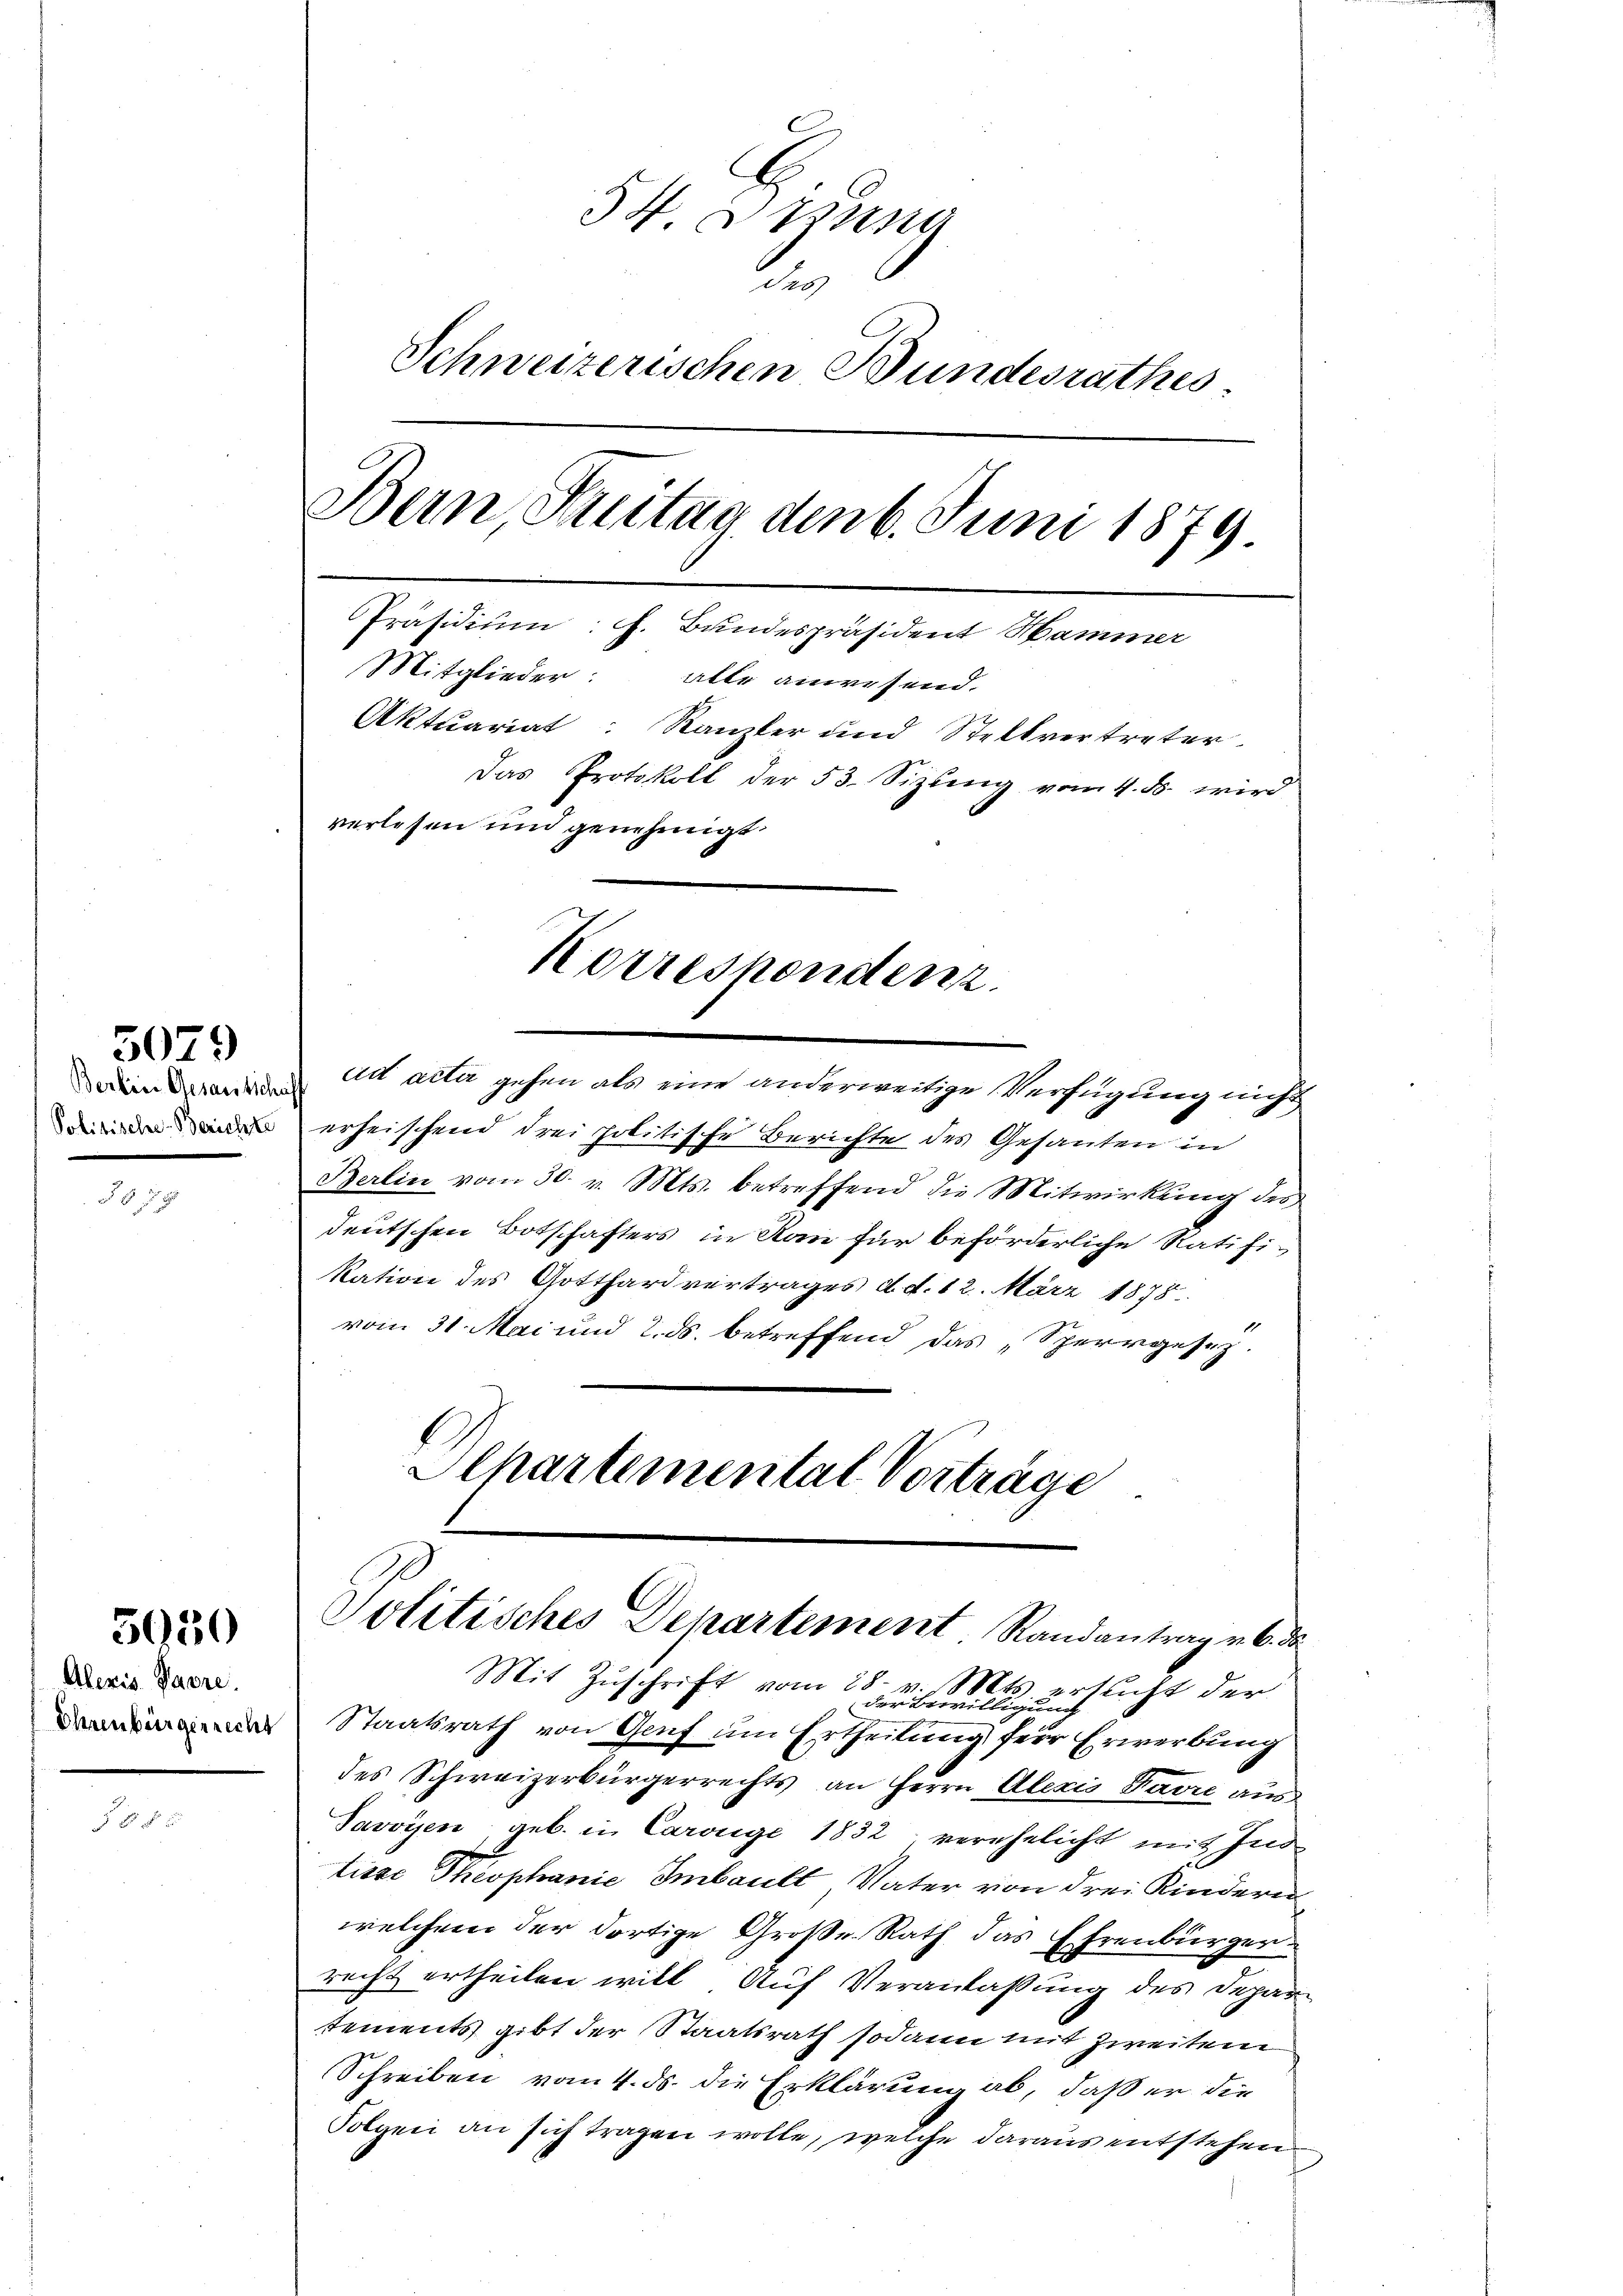
An acta gehen als eine anderweitige Verfügung nicht
 erheischend drei politische Berichte des Gesanten in
Berlin vom 30. v. Mts. betreffend die Mitwirkung des
deutschen Botschafters in Kan für beförderliche Ratifikation des Gotthardvertrages d. d. 12. März 1878
vom 31. Mai und 2. ds. betreffend das „Sperrgesez.
5030
Aleris Parre.
Mit Zŭschrift vom 28. v. Mts. ersucht der
der Bewilligung
as Staatsrath von Genf um Ertheilung für Erwerbung
des Schweizerbürgerrechts an Herrn Alexis Favre aus
f 8 x
Savoyen, geb. in Carouge 1832 verehelicht mit Ind
tisse Theophanić Imbault, Vater von drei Kindern
welchem der dortige Große Rath das Ehrenbürger
recht ertheilen will. Auf Veranlassung des Depar-
tements gibt der Staatsrath sodann mit Zweiten
Schreiben vom 4. ds. die Erklärung ab, daß er die
Folgen an sich tragen wolle, welche daraus entstehen

§ 57 x

5079

54 Arsena
.
Schweizerischen Bundesrathes.
Bern, Freitag den 6. Juni 1879
Präsidium: h. Bundespräsident Hammer
Mitglieder: alle anwesend.
Aktuariat Kanzler und Stellvertreter
Das Protokoll der 53. Sitzung vom 4. ds. wird
verlesen und genehmigt.
Korrespondenz.

Politisches Departement Randantrag v. 6. d

Alhartemental Vorträge.